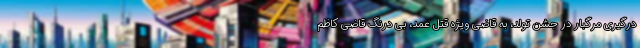
درگیری مرگبار در جشن تولد، به قاضی ویژه قتل عمد، بی درنگ قاضی کاظم